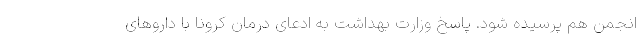
انجمن هم پرسیده شود. پاسخ وزارت بهداشت به ادعای درمان کرونا با داروهای